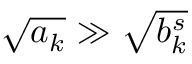
\sqrt { a _ { k } } \gg \sqrt { b _ { k } ^ { s } }